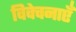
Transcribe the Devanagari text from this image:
विवेचनाएँ